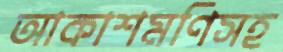
আকাশমণিসহ